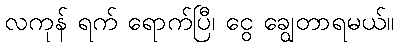
လကုန် ရက် ရောက်ပြီ၊ ငွေ ချွေတာရမယ်။